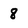
Character: 8